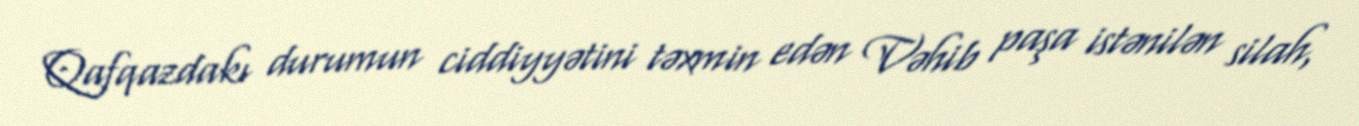
Qafqazdakı durumun ciddiyyətini təxmin edən Vəhib paşa istənilən silah,